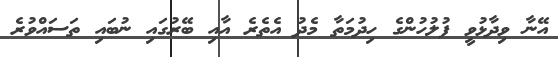
އޭނާ ވިދާޅުވީ ފުލުހުންގެ ހިދުމަތާ މެދު އެތެރެ އާއި ބޭރުގައި ނުބައި ތަސައްވުރެ